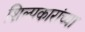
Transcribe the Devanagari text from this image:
शिल्पकारांच्या